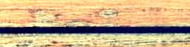
Best Prices